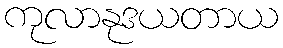
ကုလာနုဒယတာယ